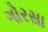
ગોરસા